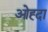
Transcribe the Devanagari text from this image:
ओह्दा